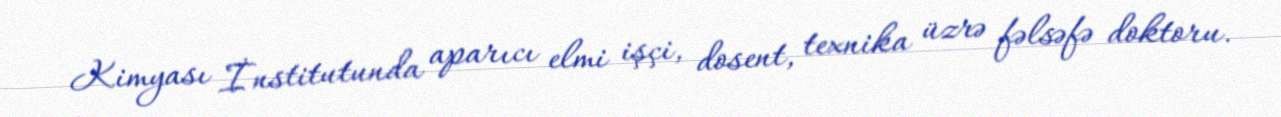
Kimyası İnstitutunda aparıcı elmi işçi, dosent, texnika üzrə fəlsəfə doktoru.